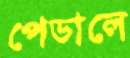
পেডালে